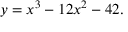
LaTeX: y = x ^ { 3 } - 1 2 x ^ { 2 } - 4 2 .